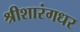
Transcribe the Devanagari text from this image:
श्रीशारंगधर